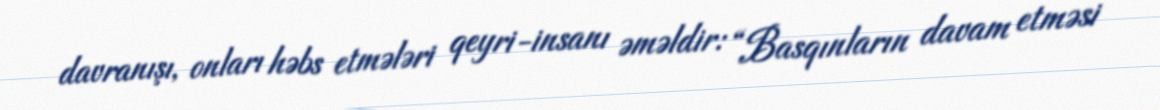
davranışı, onları həbs etmələri qeyri-insanı əməldir: “Basqınların davam etməsi